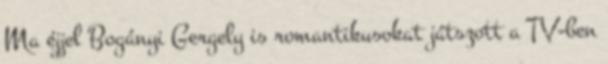
Ma éjjel Bogányi Gergely is romantikusokat játszott a TV-ben